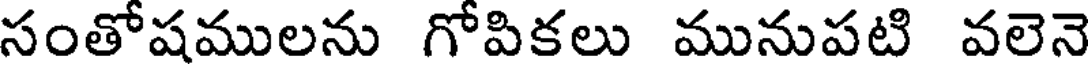
సంతోషములను గోపికలు మునుపటి వలెనె